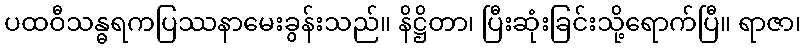
ပထဝီသန္ဓရကပြဿနာမေးခွန်းသည်။ နိဋ္ဌိတာ၊ ပြီးဆုံးခြင်းသို့ရောက်ပြီ။ ရာဇာ၊